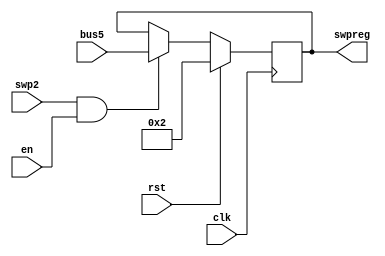
module R15(swpreg,bus5,en,rst,swp2,clk
    );
input en,rst,swp2;
input clk;
input [17:0] bus5;
output [17:0] swpreg;

reg [17:0] swpreg=18'd2;

always @ (negedge clk) begin
	if (rst)
		swpreg<=18'd2;

	else if (swp2 & en)
	swpreg<= bus5;

end
		
endmodule